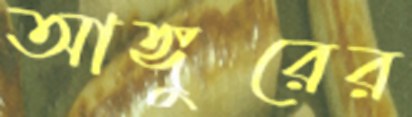
আঙ্গুরের